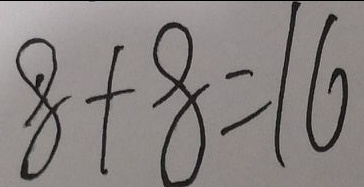
8 + 8 = 1 6